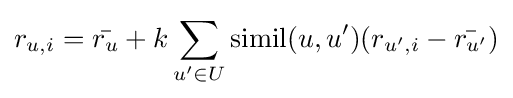
r_{u,i}={\bar {r_{u}}}+k\sum \limits _{u^{\prime }\in U}\operatorname {simil} (u,u^{\prime })(r_{u^{\prime },i}-{\bar {r_{u^{\prime }}}})